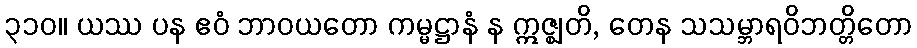
၃၁၀။ ယဿ ပန ဧဝံ ဘာဝယတော ကမ္မဋ္ဌာနံ န ဣဇ္ဈတိ, တေန သသမ္ဘာရဝိဘတ္တိတော